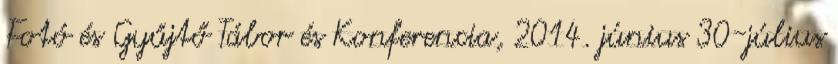
Fotó és Gyűjtő Tábor és Konferencia, 2014. június 30-július